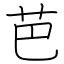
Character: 芭